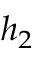
h _ { 2 }